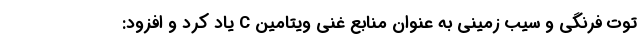
توت فرنگی و سیب زمینی به عنوان منابع غنی ویتامین C یاد کرد و افزود: